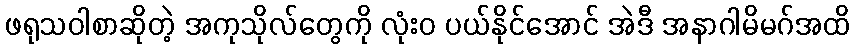
ဖရုသဝါစာဆိုတဲ့ အကုသိုလ်တွေကို လုံးဝ ပယ်နိုင်အောင် အဲဒီ အနာဂါမိမဂ်အထိ